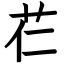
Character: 芢